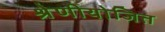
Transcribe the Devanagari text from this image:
श्रेणीयोजित